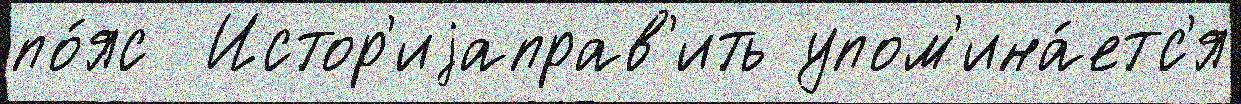
по́яс  Истор'иjаправ'ить упом'ина́етс'я